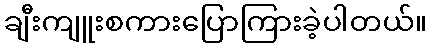
ချီးကျူးစကားပြောကြားခဲ့ပါတယ်။